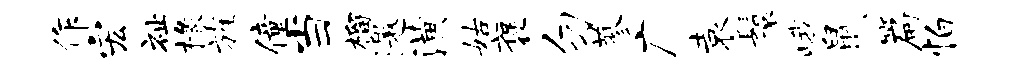
作宏祉椽旌僮当榴邀潢姑褒勿蓼广袁鬟峨鼠篇怕